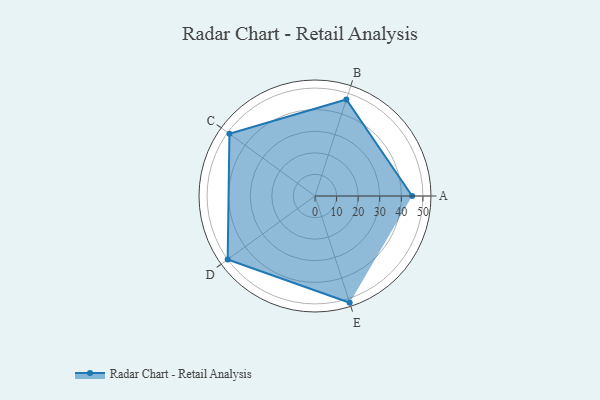
{"axis": {"x": "Skill", "y": "Score"}, "legend": ["Profile"], "data": [{"x": "A", "y": 45.0, "type": "Profile"}, {"x": "B", "y": 47.0, "type": "Profile"}, {"x": "C", "y": 49.0, "type": "Profile"}, {"x": "D", "y": 50.0, "type": "Profile"}, {"x": "E", "y": 52.0, "type": "Profile"}]}